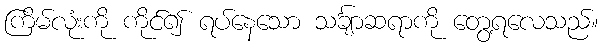
ကြိမ်လုံးကို ကိုင်၍ ရပ်နေသော သင်္ချာဆရာကို တွေ့ရလေသည်။